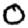
Digit: 0